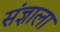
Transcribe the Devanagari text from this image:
संज्ञाला